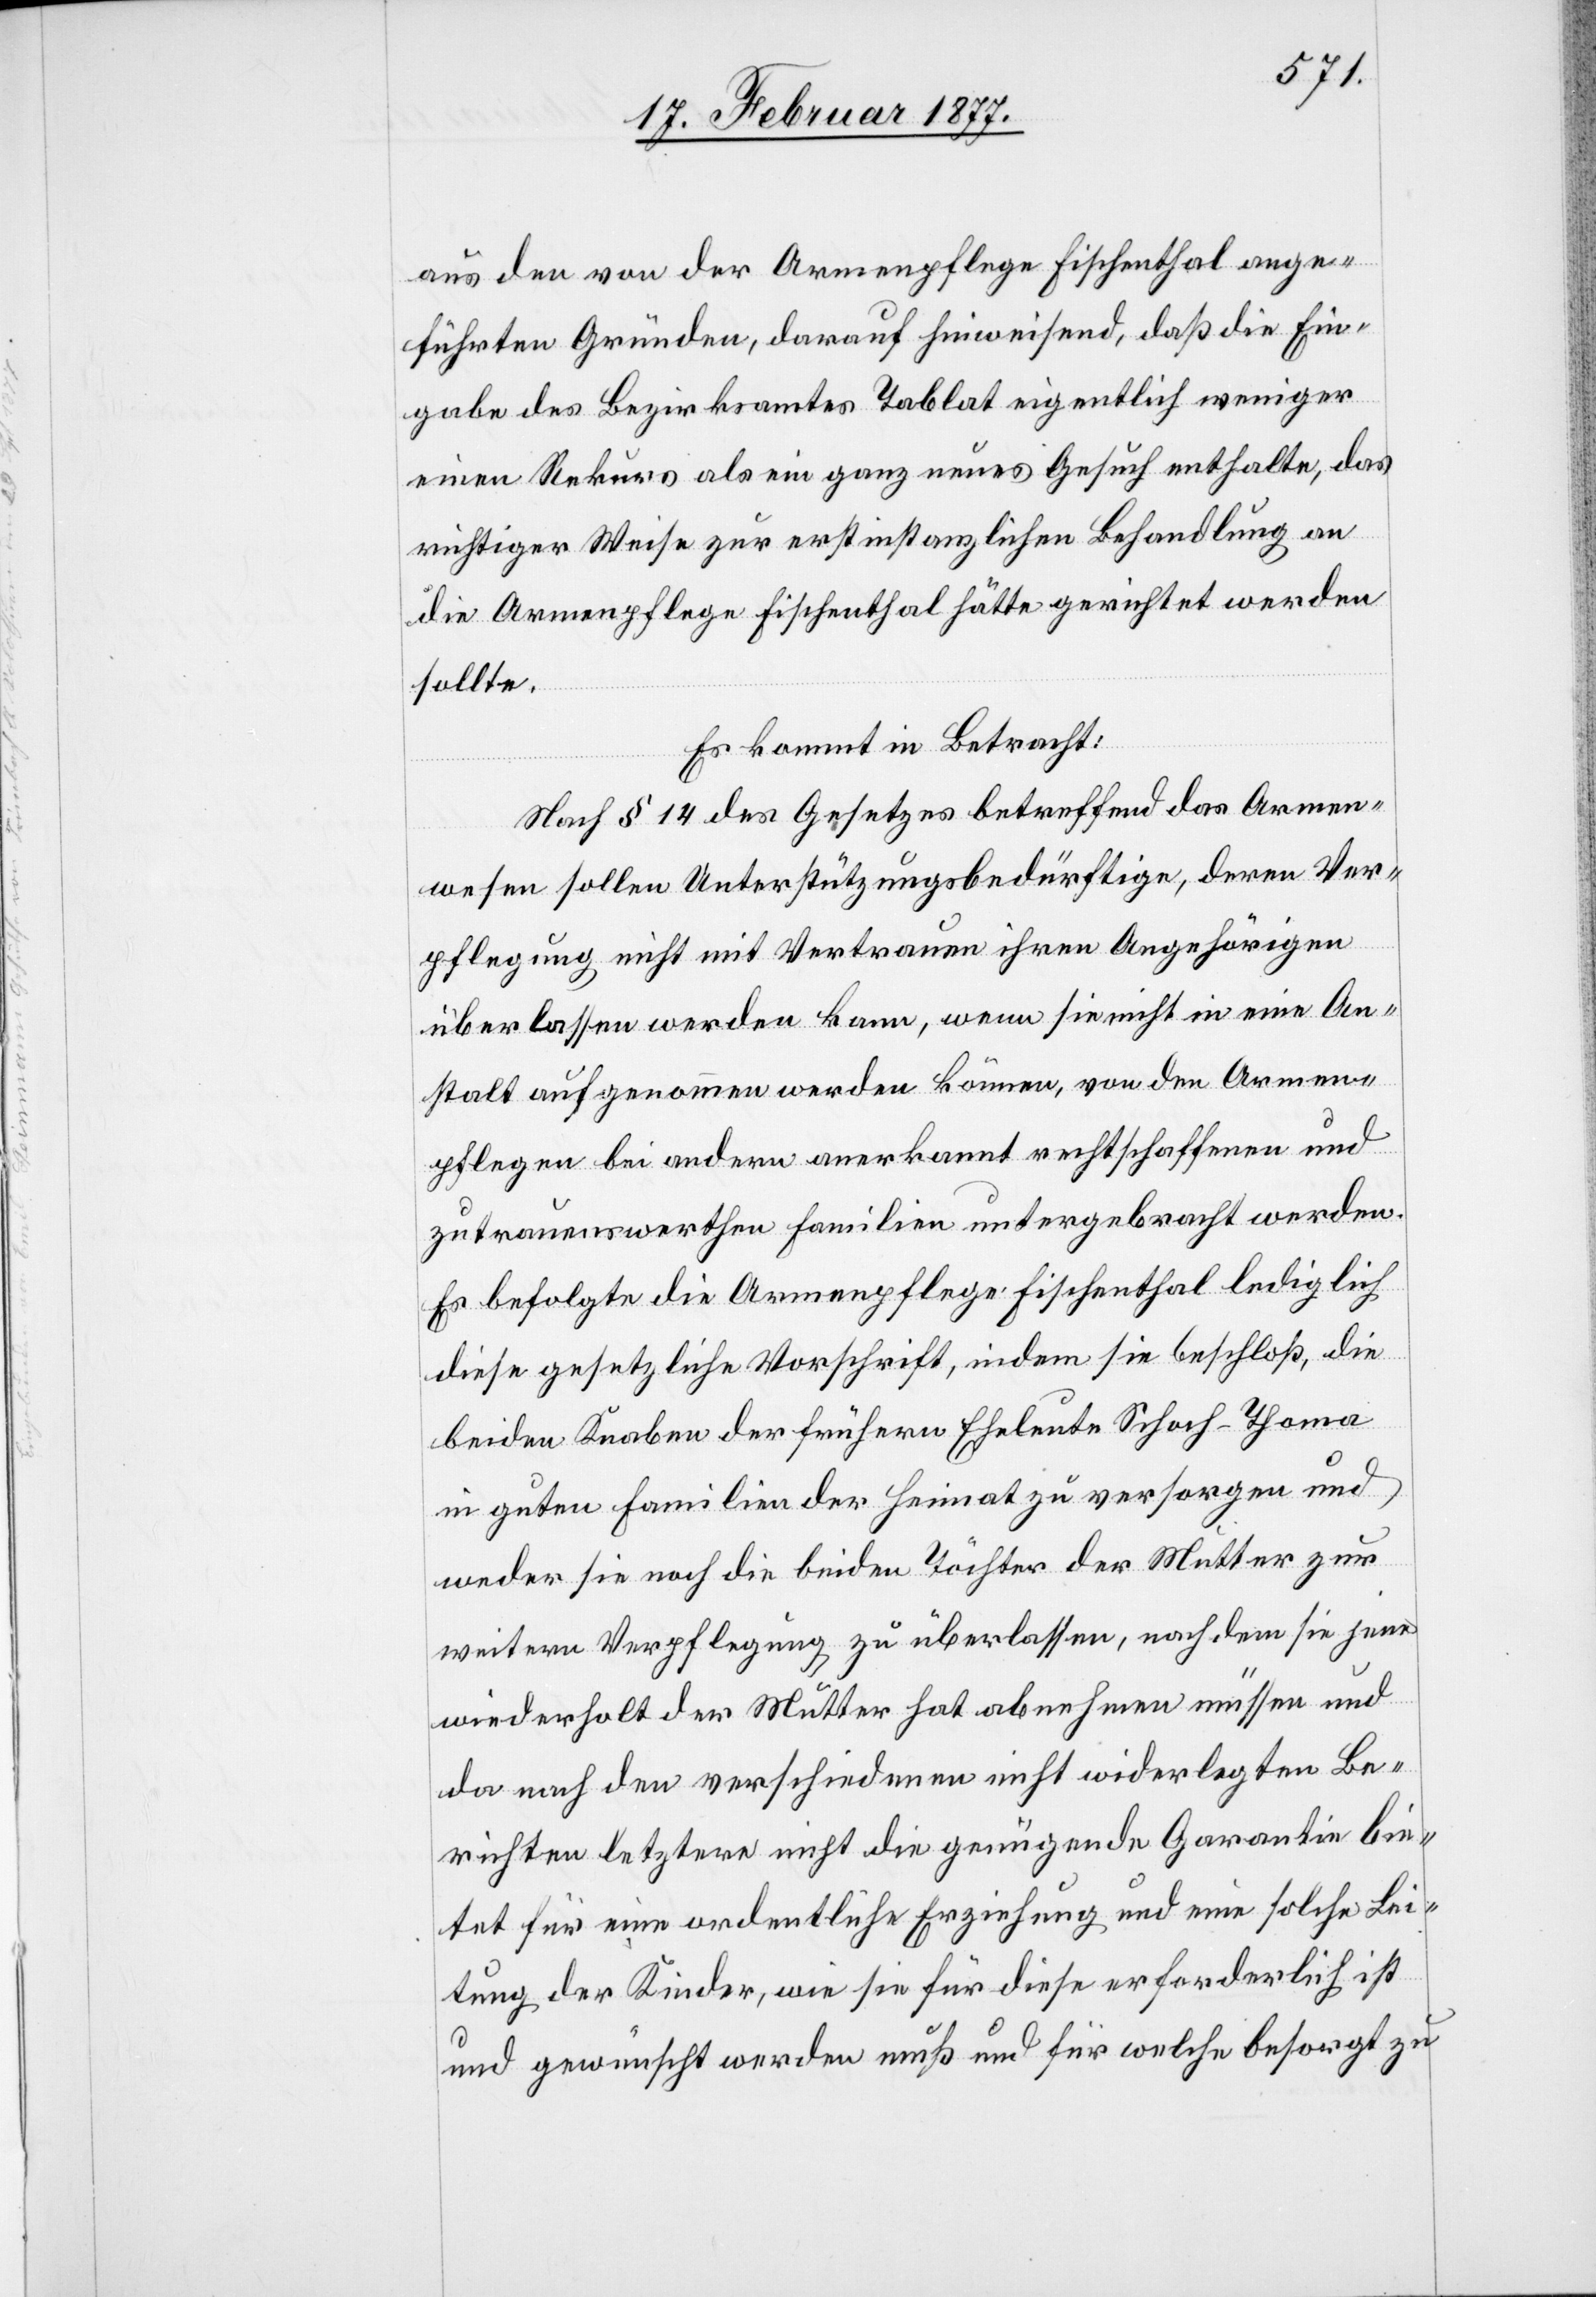
aus den von der Armenpflege Fischenthal ange¬
führten Gründen, darauf hinweisend, daß die Ein¬
gabe des Bezirksamtes Tablat eigentlich weniger
einen Rekurs als ein ganz neues Gesuch enthalte, das
richtiger Weise zur erstinstanzlichen Behandlung an
die Armenpflege Fischenthal hätte gerichtet werden
sollen].
Es kommt in Betracht:
Nach § 14 des Gesetzes betreffend das Armen¬
wesen sollen Unterstützungsbedürftige, deren Ver¬
pflegung nicht mit Vertrauen ihren Angehörigen
überlassen werden kann, wenn sie nicht in eine An¬
stalt aufgenommen werden können, von den Armen¬
pflegen bei andern anerkannt rechtschaffenen und
zutrauenswerthen Familien untergebracht werden.
Es befolgte die Armenpflege Fischenthal lediglich
diese gesetzliche Vorschrift, indem sie beschloß, die
beiden Knaben der beiden frühern Eheleute Schoch-Thoma
in guten Familien der Heimat zu versorgen und
weder sie noch die beiden Töchter der Mutter zur
weitern Verpflegung zu überlassen, nach dem sie jene
wiederholt der Mutter hat abnehmen müssen und
da nach den verschiedenen nicht widerlegten Be¬
richten letztere nicht die genügende Garantie bie¬
tet für eine ordentliche Erziehung und eine solche Lei¬
tung der Kinder, wie sie für diese erforderlich ist
und gewünscht werden muß und für welche besorgt zu